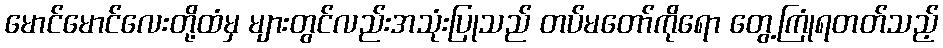
မောင်မောင်လေးတို့ထံမှ များတွင်လည်းအသုံးပြုသည် တပ်မတော်ကိုရော တွေ့ကြုံရတတ်သည့်